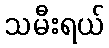
သမီးရယ်